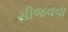
સીજવવા